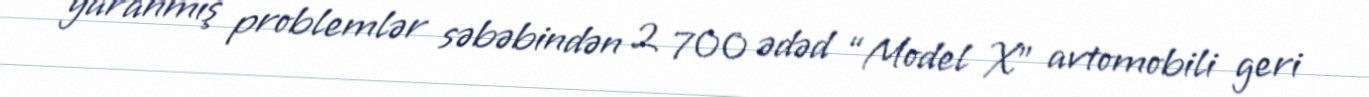
yaranmış problemlər səbəbindən 2 700 ədəd “Model X” avtomobili geri